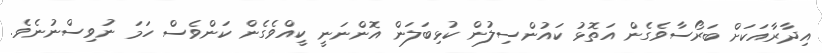
އިދާރާއަކަށް ބަރޯސާވެގެން އަތޮޅު ކައުންސިލުން ކުޅިބަލަން އޮންނަނީ ކީއްވެގެން ކަންވެސް ހަމަ ނުވިސްނުނެވެ.